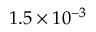
1 . 5 \times 1 0 ^ { - 3 }